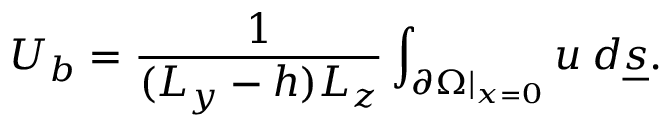
U _ { b } = \frac { 1 } { ( L _ { y } - h ) L _ { z } } \int _ { \partial \Omega | _ { x = 0 } } u \: d \underline { { s } } .